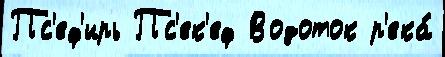
Пс'еф'ирь Пс'ек'еф Водоток р'ека́